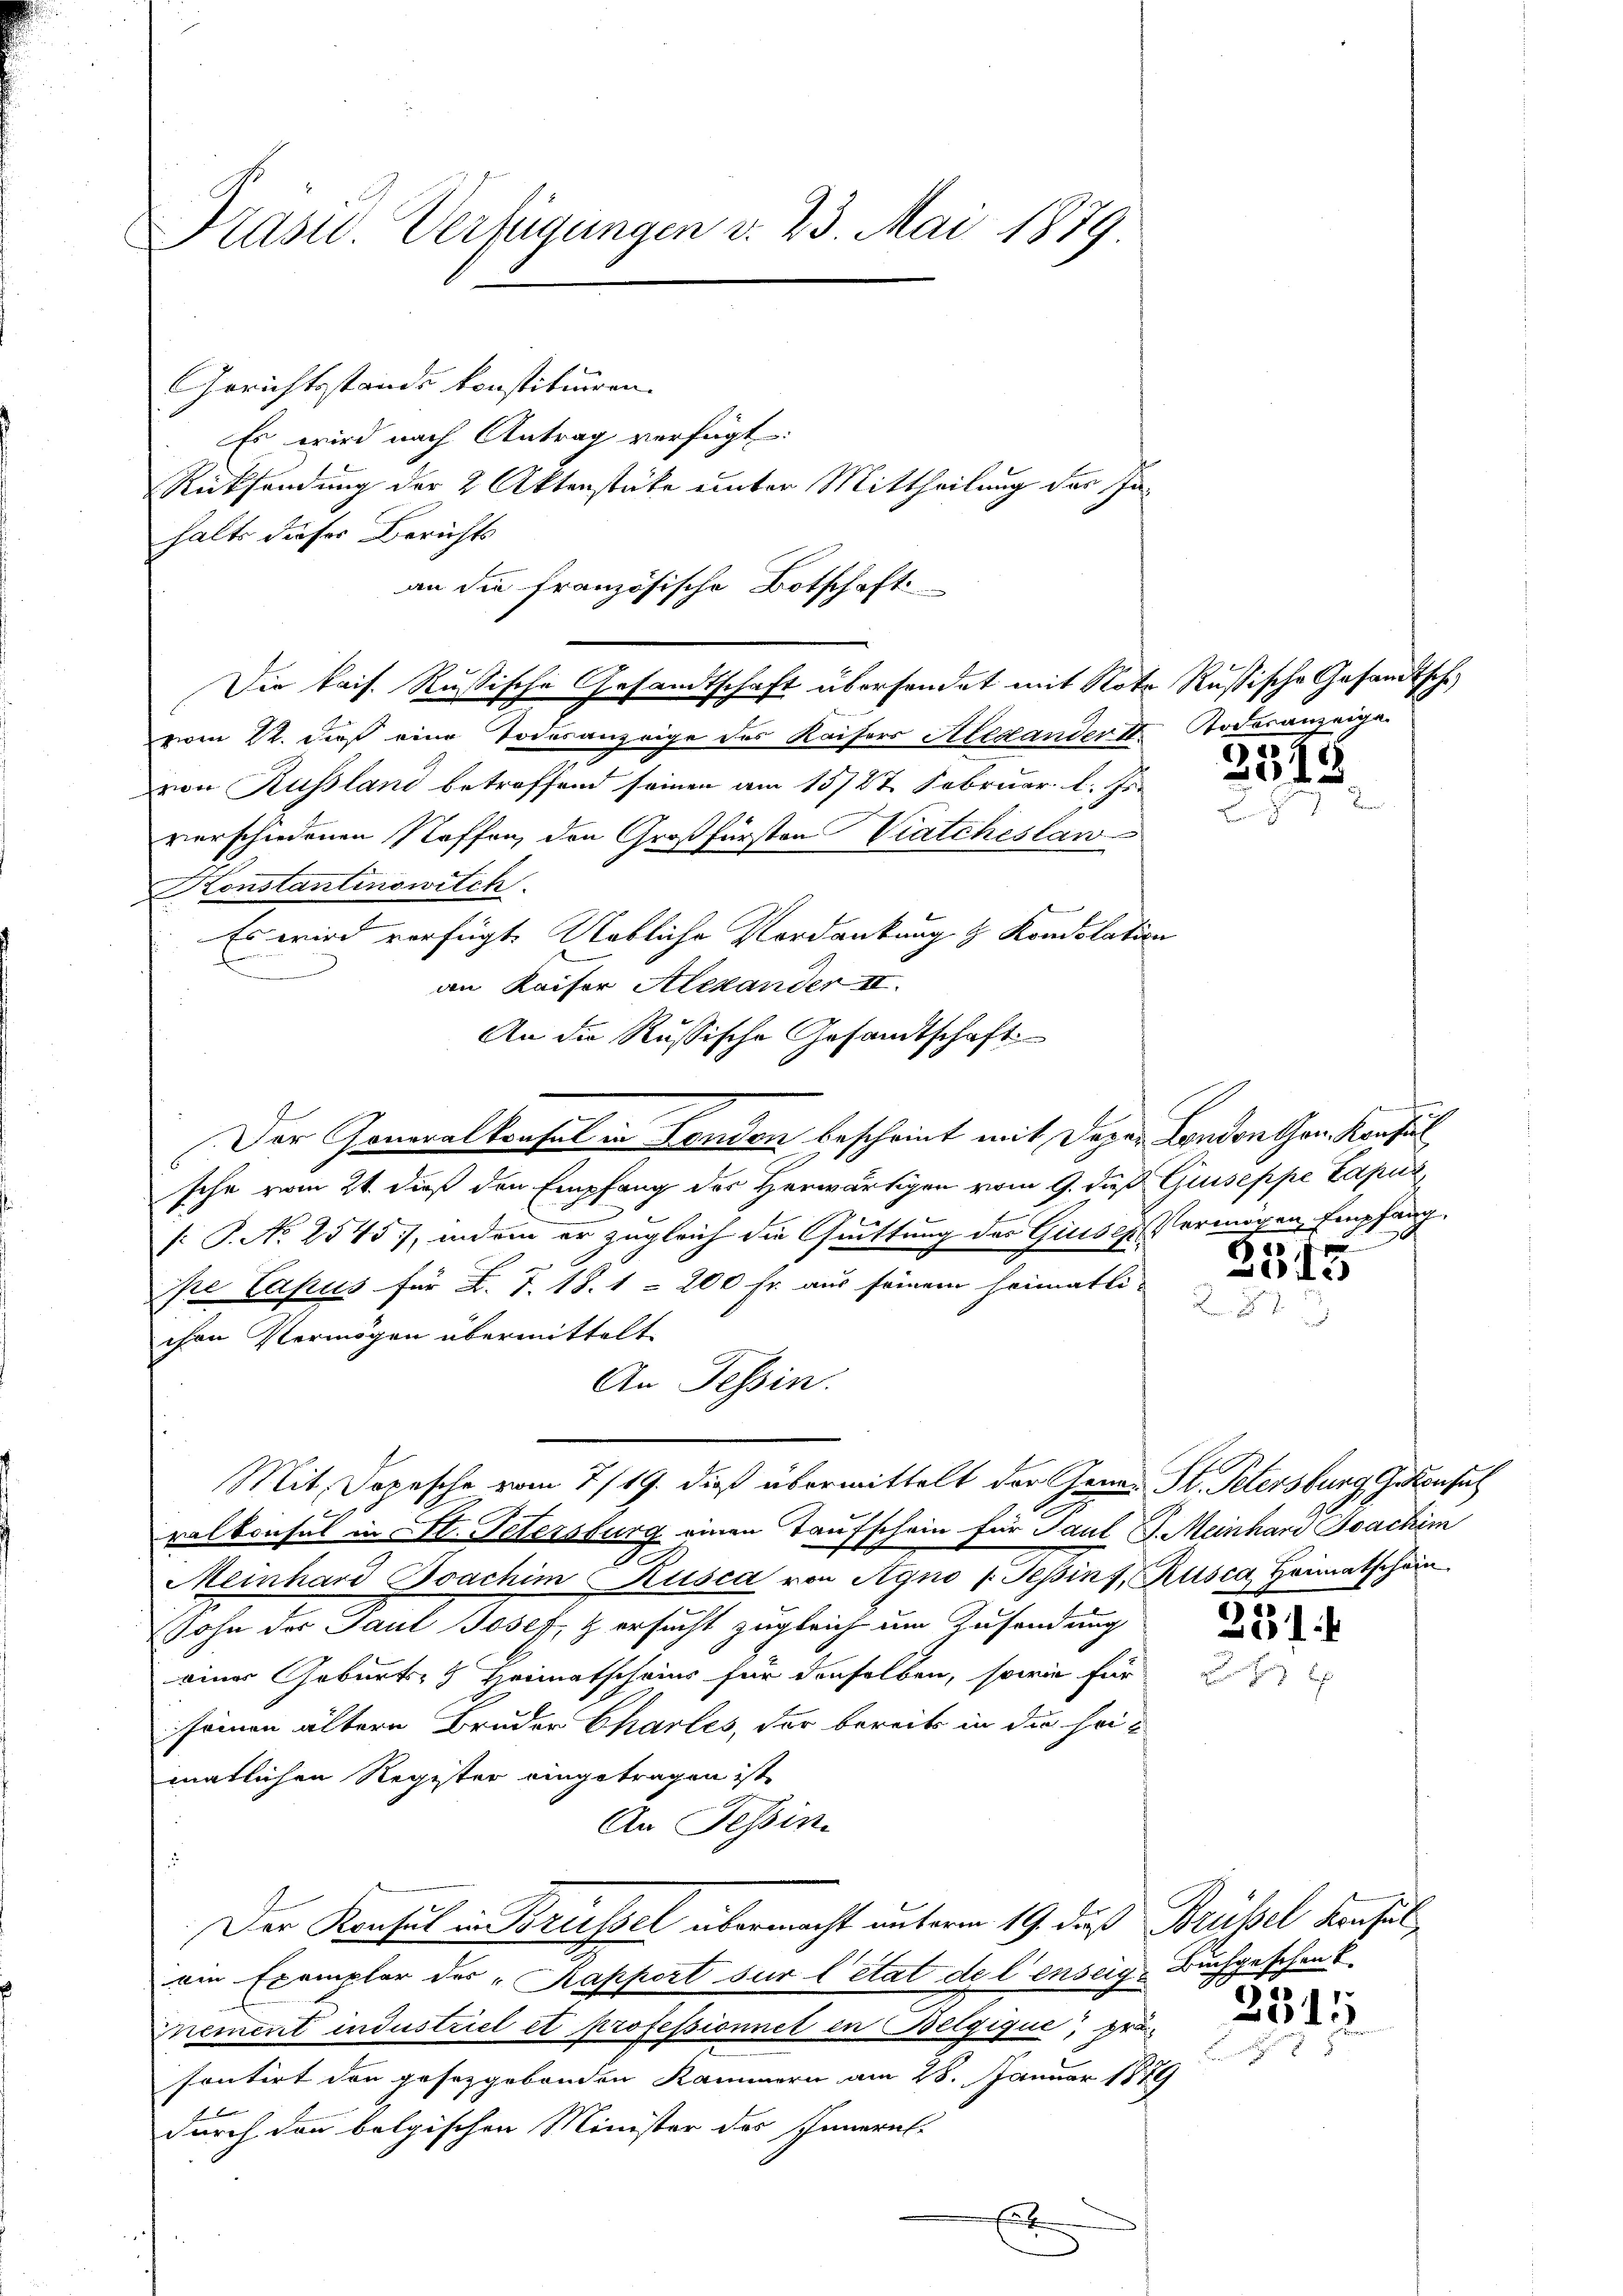
Prast. Verfügungen v. 23. Mai 1879.

Gerichtsstande konstituiren.
Es wird nach Antrag verfügt:
Rücksendung der 2 Aktenstüke unter Mittheilung des Inhalts dieses Berichts
Die kais. Rußische Gesandtschaft übersendet mit Note Russische Gesandtsche
vom 22. dieß eine Todesanzeige des Kaisers Alexander II Todesanzeige.
von Russland betreffend seinen am 15/27. Februar l. Js.
verschiedenen Staffen, den Großfürsten Viatcheslan
Konstantinowitch
Es wird verfügt Uetliche Verdankung & Kondolation
.
an Kaiser Alexander II.
An die Russische Gesandtschaft
Der Generalkonsul in London bescheint mit Degen London than Konfis
sche vom 21. daß den Empfang des Herwärtigen vom 9. dieß Guiseppe Capi
f: P. No 2545, indem er zugleich die Quittung des Giessen Vermögen, Empfang
pe Casus für B. J. 18. 1 - 200 Fr. aus seinem heimatli-
chen Vermögen übermittelt.
An Tessin.
Mit Depesche vom 7/19. dieß übermittelt der Genes St. Petersburg Gekonsul
ralkonsul in St. Petersburg einen Taufschein für Tant J. Meinhard Joachim
Meinhard Boachim Kusca von Agno (Sepinz, Rusca Heimatschein
sohn der Paul Josef, & ersucht zugleich um Zusendung
einer Geburts- & Heimatscheins für denselben, sowie für
seinen ältern Bruden Charles, der bereits in die heimatlichen Register eingetragen ist,
An Tessin.
.
Der Konsul in Brüssel übermacht unterm 19. daß Brüssel konsul
ein Exemplar des „Kapport sur l’état de l’enseig-Buchgeschenk
Inement industriel et professionnet in Belgique, prä-
sontirt den gesetzgebenden Kammern am 28. Januar 1879
durch den belgischen Minister des Innern

an die französische Botschaft.

x

2513.

2545

231 f

2315.